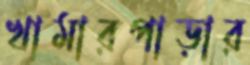
খামারপাড়ার